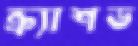
ক্র্যাশড